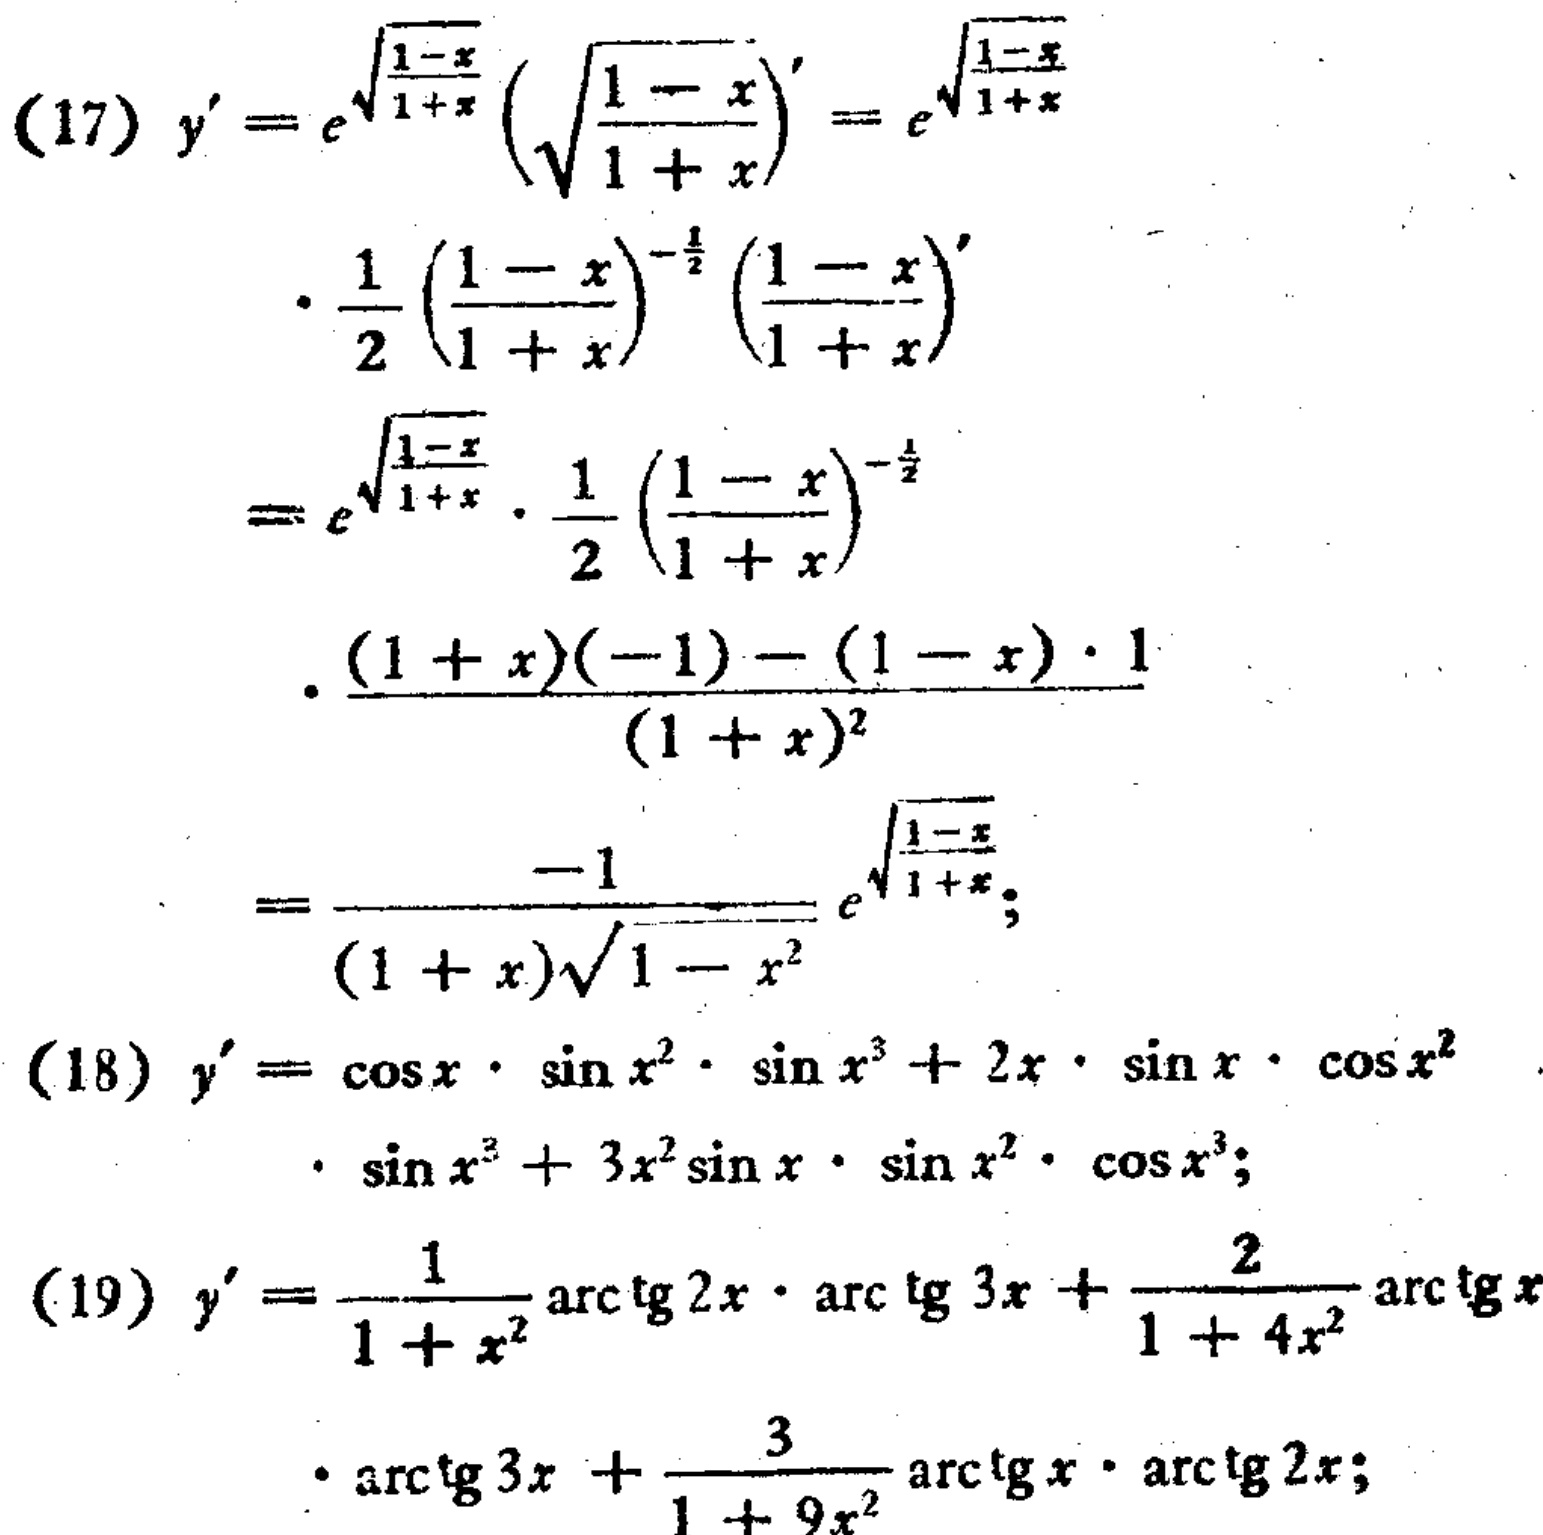
(17)
\[
\begin{align*}
y'&=e^{\sqrt{\frac{1 - x}{1 + x}}}\left(\sqrt{\frac{1 - x}{1 + x}}\right)'=e^{\sqrt{\frac{1 - x}{1 + x}}}\\
&\cdot\frac{1}{2}\left(\frac{1 - x}{1 + x}\right)^{-\frac{1}{2}}\left(\frac{1 - x}{1 + x}\right)'\\
&=e^{\sqrt{\frac{1 - x}{1 + x}}}\cdot\frac{1}{2}\left(\frac{1 - x}{1 + x}\right)^{-\frac{1}{2}}\\
&\cdot\frac{(1 + x)(-1)-(1 - x)\cdot1}{(1 + x)^2}\\
&=\frac{-1}{(1 + x)\sqrt{1 - x^2}}e^{\sqrt{\frac{1 - x}{1 + x}}};
\end{align*}
\]
(18)
\[
y'=\cos x\cdot\sin x^2\cdot\sin x^3 + 2x\cdot\sin x\cdot\cos x^2\cdot\sin x^3+3x^2\sin x\cdot\sin x^2\cdot\cos x^3;
\]
(19)
\[
\begin{align*}
y'&=\frac{1}{1 + x^2}\arctan 2x\cdot\arctan 3x+\frac{2}{1 + 4x^2}\arctan x\\
&\cdot\arctan 3x+\frac{3}{1 + 9x^2}\arctan x\cdot\arctan 2x;
\end{align*}
\]